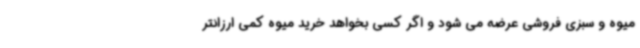
میوه و سبزی فروشی عرضه می شود و اگر کسی بخواهد خرید میوه کمی ارزانتر